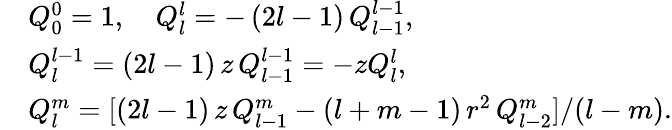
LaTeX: \begin{array}{rl}&{Q_{0}^{0}=1,\quad Q_{l}^{l}=-\, (2l-1)\, Q_{l-1}^{l-1},}\\ &{Q_{l}^{l-1}=(2l-1)\, z\, Q_{l-1}^{l-1}=-zQ_{l}^{l},}\\ &{Q_{l}^{m}=[(2l-1)\, z\, Q_{l-1}^{m}-(l+m-1)\, r^{2}\, Q_{l-2}^{m}]/(l-m).}\end{array}